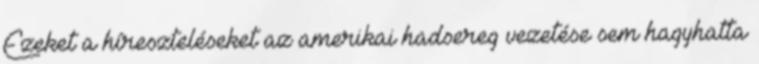
Ezeket a híreszteléseket az amerikai hadsereg vezetése sem hagyhatta